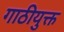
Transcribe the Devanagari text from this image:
गाठीयुक्त